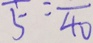
\overline { 5 } = \overline { 4 0 }